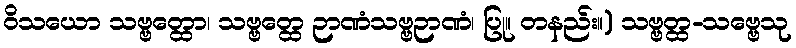
ဝိသယော သဗ္ဗတ္ထော၊ သဗ္ဗတ္ထေ ဉာဏံသဗ္ဗဉာဏံ၊ ပြု။ တနည်း။) သဗ္ဗတ္ထ-သဗ္ဗေသု